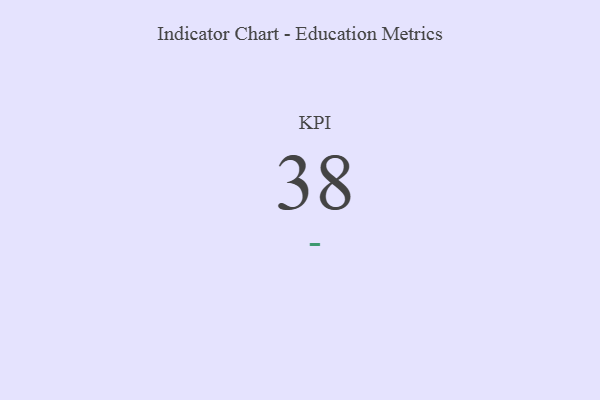
{"axis": {"x": "KPI", "y": "Value"}, "legend": [""], "data": [{"x": "KPI", "y": 38, "type": ""}]}